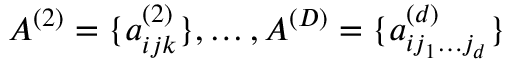
A ^ { ( 2 ) } = \{ a _ { i j k } ^ { ( 2 ) } \} , \ldots , A ^ { ( D ) } = \{ a _ { i j _ { 1 } \ldots j _ { d } } ^ { ( d ) } \}